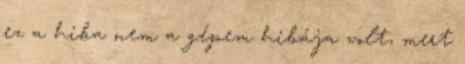
ez a hiba nem a gépem hibája volt, mert